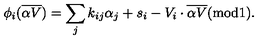
\phi _ { i } ( { \overline { { \alpha V } } } ) = \sum _ { j } k _ { i j } \alpha _ { j } + s _ { i } - V _ { i } \cdot { \overline { { \alpha V } } } ( \mathrm { m o d } 1 ) .